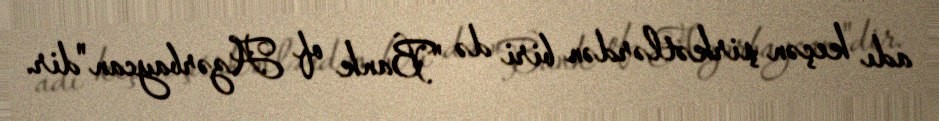
adı keçən şirkətlərdən biri də "Bank of Azərbaycan"dir.